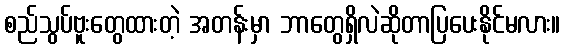
စည်သွပ်ဗူးတွေထားတဲ့ အတန်းမှာ ဘာတွေရှိလဲဆိုတာပြပေးနိုင်မလား။